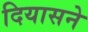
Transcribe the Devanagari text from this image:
दियासने